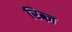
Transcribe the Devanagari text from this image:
रिब्ज़